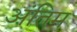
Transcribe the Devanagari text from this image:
अंंतिम